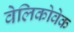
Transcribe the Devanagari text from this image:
वेलिकोवेक